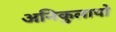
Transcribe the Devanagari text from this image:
अनिकुलापो